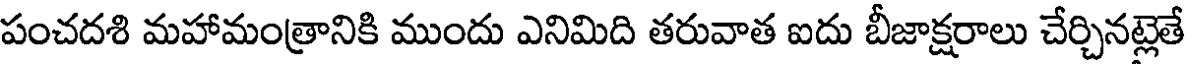
పంచదశి మహామంత్రానికి ముందు ఎనిమిది తరువాత ఐదు బీజాక్షరాలు చేర్చినట్లెతే